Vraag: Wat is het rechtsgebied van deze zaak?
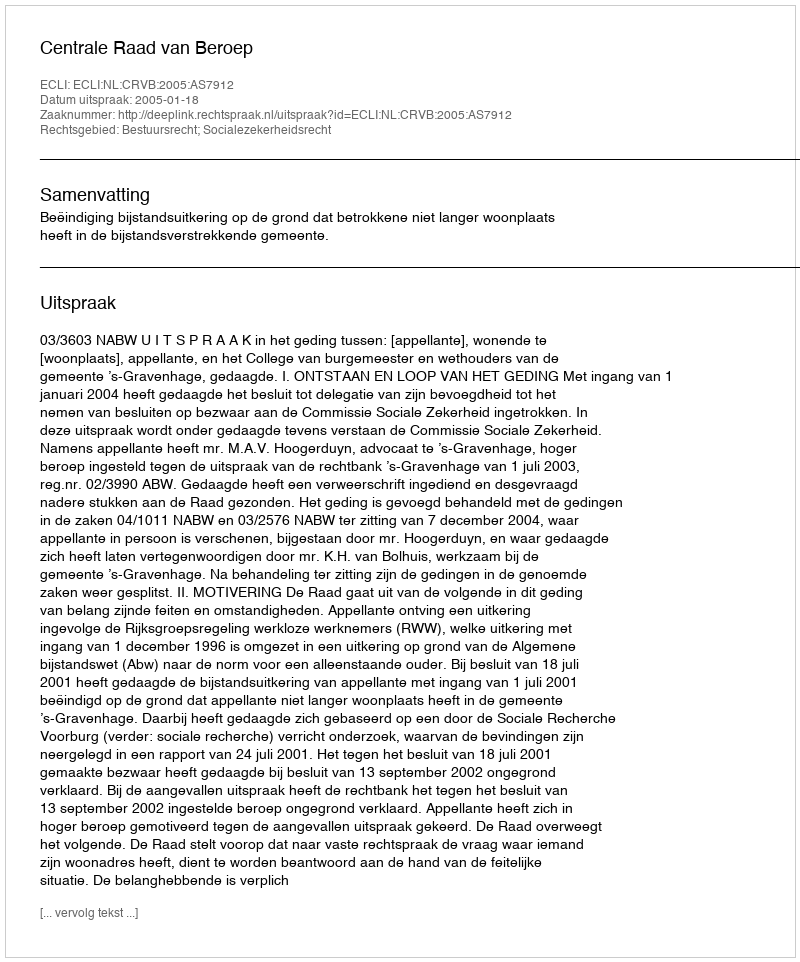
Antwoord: Bestuursrecht; Socialezekerheidsrecht